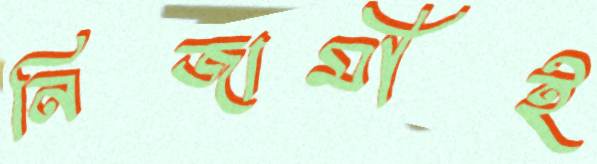
নিজামীই